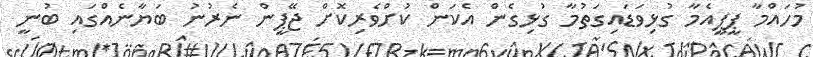
މުހައްމާ ޕީޕީއެމާ ގުޅިވަޑައިގަތުމާ ގުޅިގެން އެކަން ކުށްވެރިކޮށް ޖޭޕީން ނެރުނު ބަޔާނެއްގައި ބުނީ